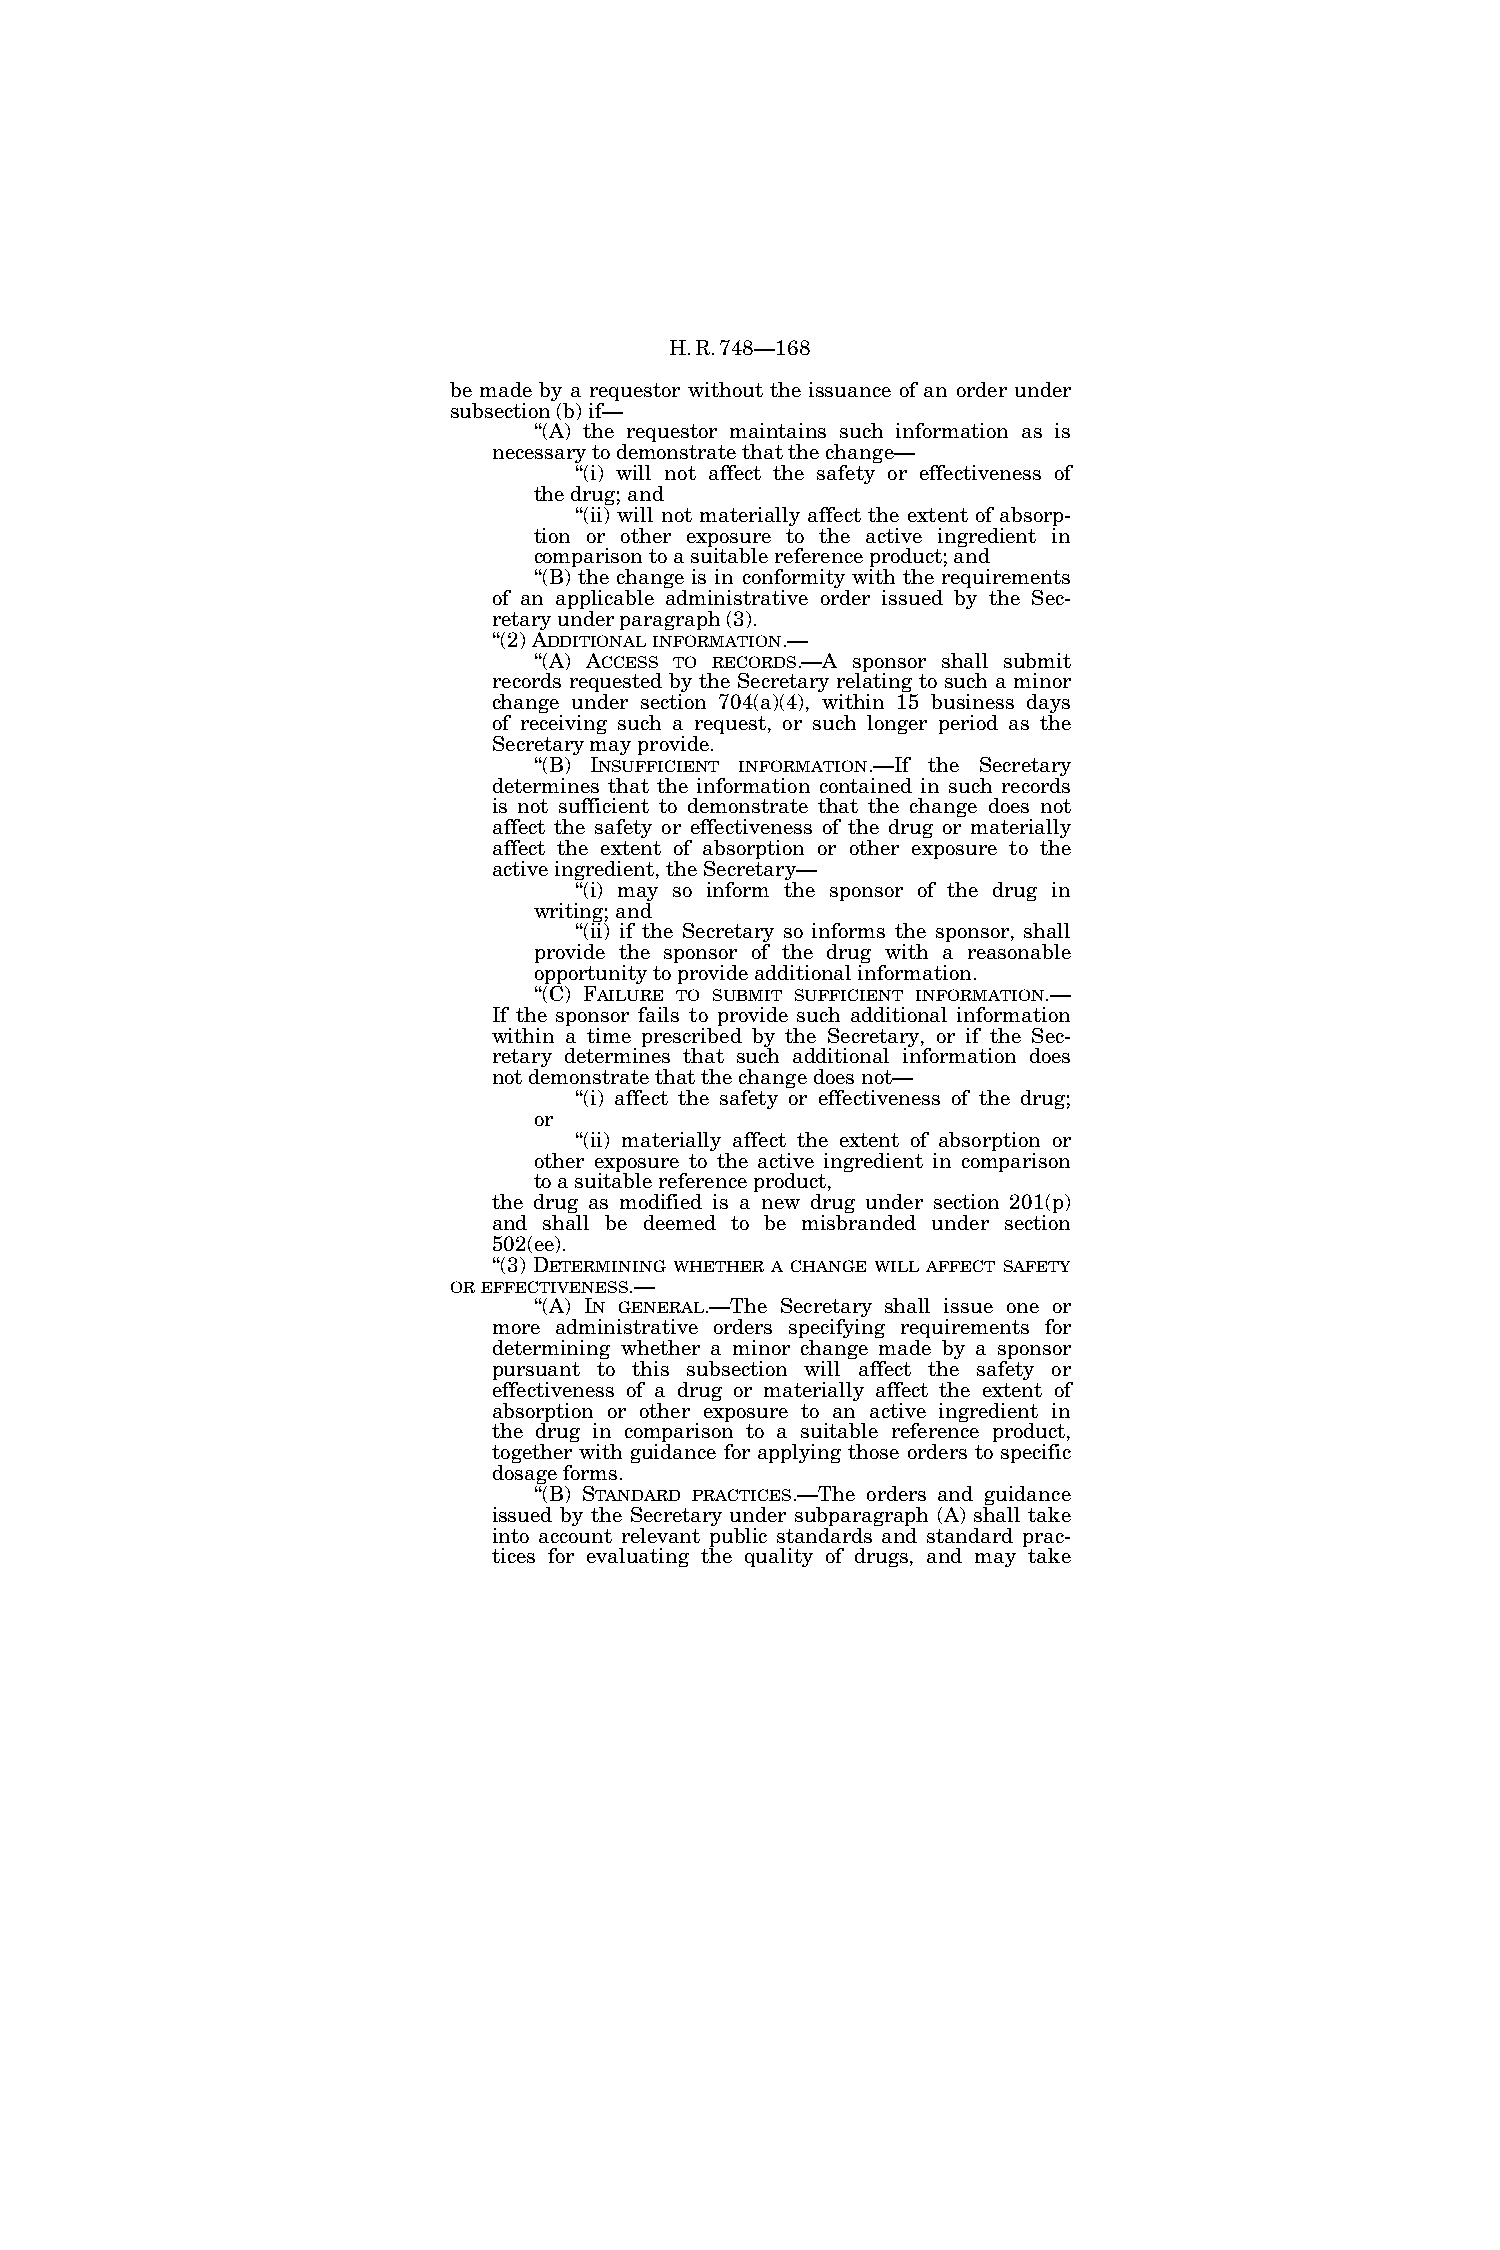
H.R.748—168
 be made by a requestor without the issuance of an order under
 subsection (b) if—
 ‘‘(A) the requestor maintains such information as is
 necessary to demonstrate that the change—
 ‘‘(i) will not affect the safety or effectiveness of
 the drug; and
 ‘‘(ii) will not materially affect the extent of absorp-
 tion or other exposure to the active ingredient in
 comparison to a suitable reference product; and
 ‘‘(B) the change is in conformity with the requirements
 of an applicable administrative order issued by the Sec-
 retary under paragraph (3).
 ‘‘(2) ADDITIONALINFORMATION.—
 ‘‘(A) ACCESS TO RECORDS.—A sponsor shall submit
 records requested by the Secretary relating to such a minor
 change under section 704(a)(4), within 15 business days
 of receiving such a request, or such longer period as the
 Secretary may provide.
 ‘‘(B) INSUFFICIENT INFORMATION.—If the Secretary
 determines that the information contained in such records
 is not sufficient to demonstrate that the change does not
 affect the safety or effectiveness of the drug or materially
 affect the extent of absorption or other exposure to the
 active ingredient, the Secretary—
 ‘‘(i) may so inform the sponsor of the drug in
 writing; and
 ‘‘(ii) if the Secretary so informs the sponsor, shall
 provide the sponsor of the drug with a reasonable
 opportunity to provide additional information.
 ‘‘(C) FAILURE TO SUBMIT SUFFICIENT INFORMATION.—
 If the sponsor fails to provide such additional information
 within a time prescribed by the Secretary, or if the Sec-
 retary determines that such additional information does
 not demonstrate that the change does not—
 ‘‘(i) affect the safety or effectiveness of the drug;
 or
 ‘‘(ii) materially affect the extent of absorption or
 other exposure to the active ingredient in comparison
 to a suitable reference product,
 the drug as modified is a new drug under section 201(p)
 and shall be deemed to be misbranded under section
 502(ee).
 ‘‘(3) DETERMINING WHETHER A CHANGE WILL AFFECT SAFETY
 OREFFECTIVENESS.—
 ‘‘(A) IN GENERAL.—The Secretary shall issue one or
 more administrative orders specifying requirements for
 determining whether a minor change made by a sponsor
 pursuant to this subsection will affect the safety or
 effectiveness of a drug or materially affect the extent of
 absorption or other exposure to an active ingredient in
 the drug in comparison to a suitable reference product,
 together with guidance for applying those orders to specific
 dosage forms.
 ‘‘(B) STANDARD PRACTICES.—The orders and guidance
 issued by the Secretary under subparagraph (A) shall take
 into account relevant public standards and standard prac-
 tices for evaluating the quality of drugs, and may take